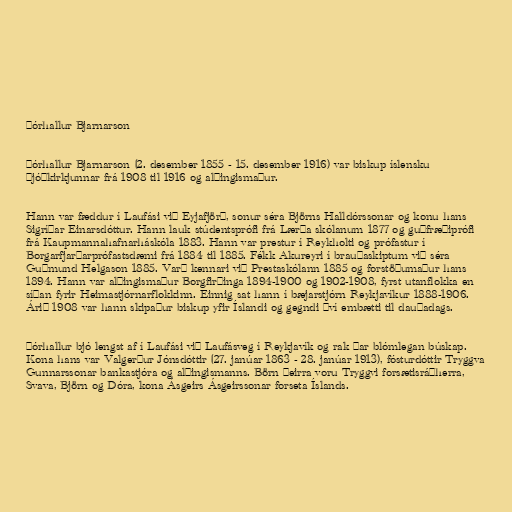
Þórhallur Bjarnarson

Þórhallur Bjarnarson (2. desember 1855 - 15. desember 1916) var biskup íslensku
Þjóðkirkjunnar frá 1908 til 1916 og alþingismaður.

Hann var fæddur í Laufási við Eyjafjörð, sonur séra Björns Halldórssonar og konu hans
Sigríðar Einarsdóttur. Hann lauk stúdentsprófi frá Lærða skólanum 1877 og guðfræðiprófi
frá Kaupmannahafnarháskóla 1883. Hann var prestur í Reykholti og prófastur í
Borgarfjarðarprófastsdæmi frá 1884 til 1885. Fékk Akureyri í brauðaskiptum við séra
Guðmund Helgason 1885. Varð kennari við Prestaskólann 1885 og forstöðumaður hans
1894. Hann var alþingismaður Borgfirðinga 1894-1900 og 1902-1908, fyrst utanflokka en
síðan fyrir Heimastjórnarflokkinn. Einnig sat hann í bæjarstjórn Reykjavíkur 1888-1906.
Árið 1908 var hann skipaður biskup yfir Íslandi og gegndi því embætti til dauðadags.

Þórhallur bjó lengst af í Laufási við Laufásveg í Reykjavík og rak þar blómlegan búskap.
Kona hans var Valgerður Jónsdóttir (27. janúar 1863 - 28. janúar 1913), fósturdóttir Tryggva
Gunnarssonar bankastjóra og alþingismanns. Börn þeirra voru Tryggvi forsætisráðherra,
Svava, Björn og Dóra, kona Ásgeirs Ásgeirssonar forseta Íslands.